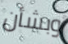
وبشأن